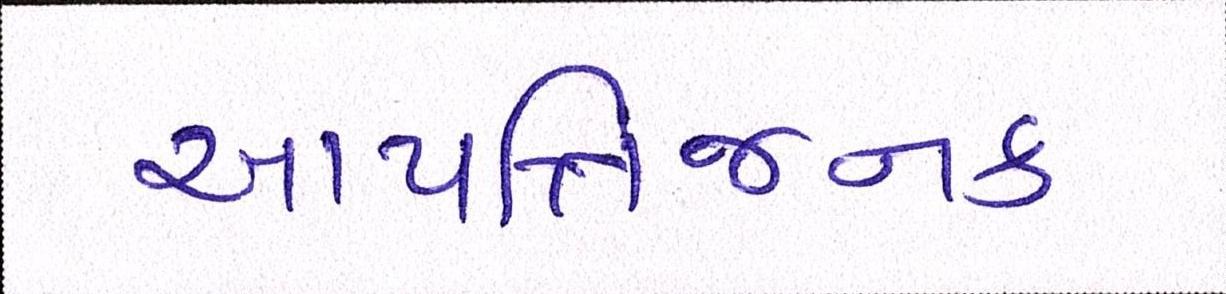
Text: આપત્તિજનક